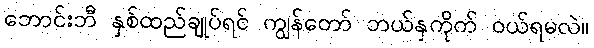
ဘောင်းဘီ နှစ်ထည်ချုပ်ရင် ကျွန်တော် ဘယ်နှကိုက် ဝယ်ရမလဲ။